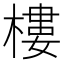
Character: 樓